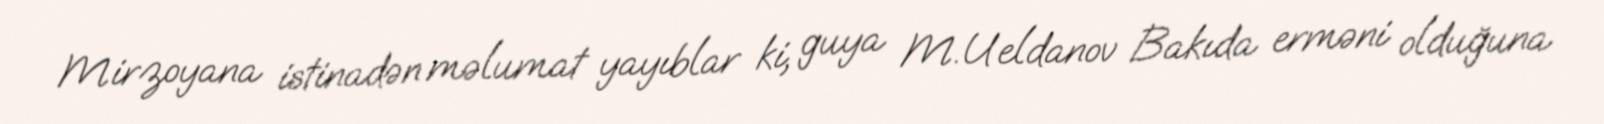
Mirzoyana istinadən məlumat yayıblar ki, guya M.Ueldanov Bakıda erməni olduğuna